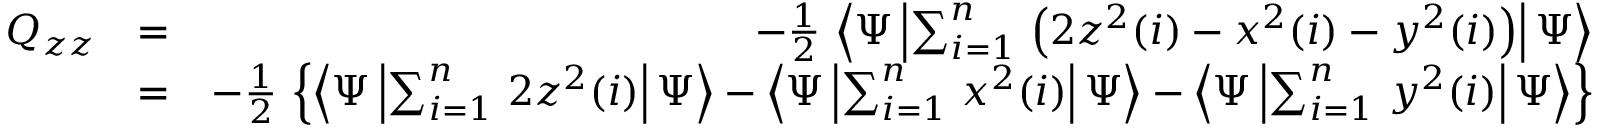
\begin{array} { r l r } { Q _ { z z } } & { = } & { - \frac { 1 } { 2 } \, \left< \Psi \left| \sum _ { i = 1 } ^ { n } \, \left( 2 z ^ { 2 } ( i ) - x ^ { 2 } ( i ) - y ^ { 2 } ( i ) \right) \right| \Psi \right> } \\ & { = } & { - \frac { 1 } { 2 } \, \left\{ \left< \Psi \left| \sum _ { i = 1 } ^ { n } \, 2 z ^ { 2 } ( i ) \right| \Psi \right> - \left< \Psi \left| \sum _ { i = 1 } ^ { n } \, x ^ { 2 } ( i ) \right| \Psi \right> - \left< \Psi \left| \sum _ { i = 1 } ^ { n } \, y ^ { 2 } ( i ) \right| \Psi \right> \right\} } \end{array}